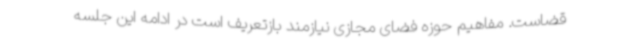
قضاست. مفاهیم حوزه فضای مجازی نیازمند بازتعریف است در ادامه این جلسه